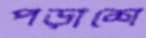
পড়াশে